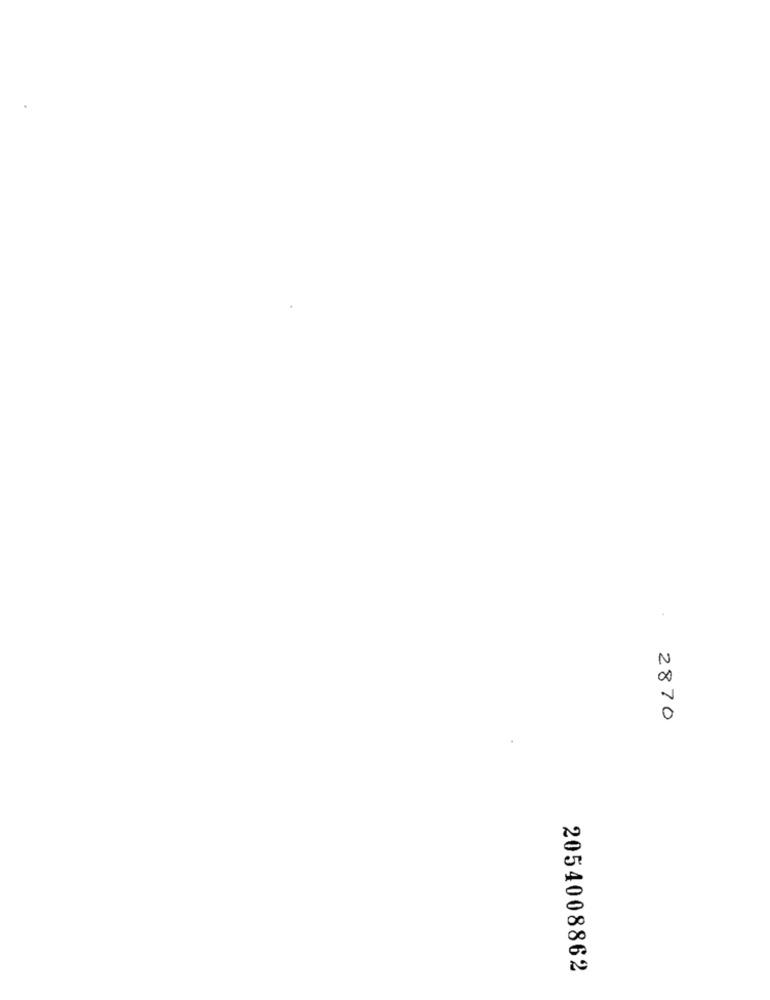
2870
2054008862